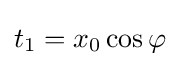
t_{1}=x_{0}\cos \varphi